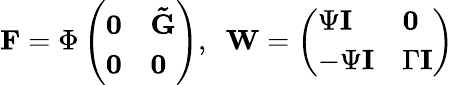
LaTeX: \mathbf{F}=\Phi\left(\begin{array}{ll}{\mathbf{0}}&{\mathbf{\tilde{G}}}\\ {\mathbf{0}}&{\mathbf{0}}\end{array}\right),\; \ \mathbf{W}=\left(\begin{array}{ll}{\Psi\mathbf{I}}&{\mathbf{0}}\\ {-\Psi\mathbf{I}}&{\Gamma\mathbf{I}}\end{array}\right)